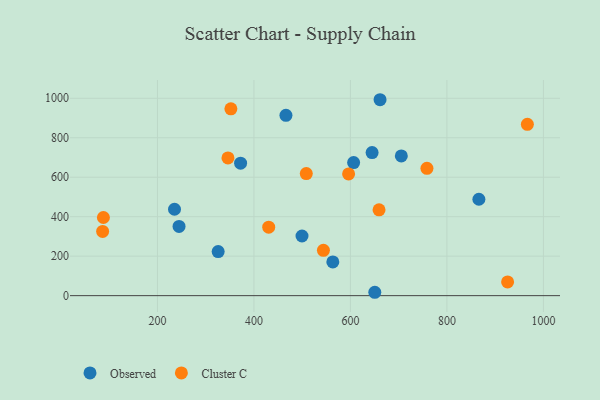
{"axis": {"x": "Distance", "y": "Profit"}, "legend": ["Cluster C", "Observed"], "data": [{"x": "244.7", "y": 350.5, "type": "Observed"}, {"x": "644.9", "y": 724.8, "type": "Observed"}, {"x": "235.3", "y": 437.8, "type": "Observed"}, {"x": "650.5", "y": 17.1, "type": "Observed"}, {"x": "661.4", "y": 992.6, "type": "Observed"}, {"x": "705.5", "y": 708.0, "type": "Observed"}, {"x": "372.3", "y": 671.1, "type": "Observed"}, {"x": "563.5", "y": 170.8, "type": "Observed"}, {"x": "325.8", "y": 223.5, "type": "Observed"}, {"x": "866.3", "y": 488.4, "type": "Observed"}, {"x": "499.6", "y": 302.1, "type": "Observed"}, {"x": "606.6", "y": 674.0, "type": "Observed"}, {"x": "466.3", "y": 913.5, "type": "Observed"}, {"x": "758.6", "y": 645.2, "type": "Cluster C"}, {"x": "87.9", "y": 395.8, "type": "Cluster C"}, {"x": "86.3", "y": 325.3, "type": "Cluster C"}, {"x": "544.0", "y": 229.5, "type": "Cluster C"}, {"x": "659.3", "y": 434.9, "type": "Cluster C"}, {"x": "430.6", "y": 346.8, "type": "Cluster C"}, {"x": "966.8", "y": 867.9, "type": "Cluster C"}, {"x": "346.1", "y": 697.8, "type": "Cluster C"}, {"x": "508.5", "y": 618.3, "type": "Cluster C"}, {"x": "596.2", "y": 616.7, "type": "Cluster C"}, {"x": "925.8", "y": 69.4, "type": "Cluster C"}, {"x": "352.2", "y": 946.4, "type": "Cluster C"}]}